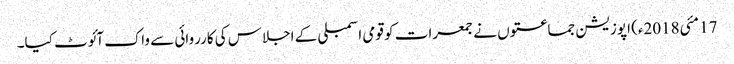
17 مئی2018ء) اپوزیشن جماعتوں نے جمعرات کو قومی اسمبلی کے اجلاس کی کارروائی سے واک آئوٹ کیا۔